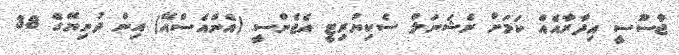
ޖާސޫސީ އިދާރާއެއް ކަމަށް ނެޝަނަލް ސެކިޔުރިޓީ އެޖެންސީ (އެންއެސްއޭ) އިން ދުނިޔޭގެ 38